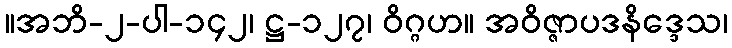
။အဘိ-၂-ပါ-၁၄၂၊ ဋ္ဌ-၁၂၇၊ ဝိဂ္ဂဟ။ အဝိဇ္ဇာပဒနိဒ္ဒေသ၊